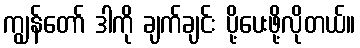
ကျွန်တော် ဒါကို ချက်ချင်း ပို့ပေးဖို့လိုတယ်။